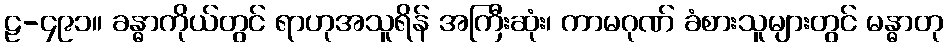
ဠ-၄၉၁။ ခန္ဓာကိုယ်တွင် ရာဟုအသူရိန် အကြီးဆုံး၊ ကာမဂုဏ် ခံစားသူများတွင် မန္ဓာတု